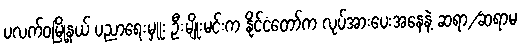
ပလက်ဝမြို့နယ် ပညာရေးမှူး ဦးမျိုးမင်းက နိုင်ငံတော်က လုပ်အားပေးအနေနဲ့ ဆရာ/ဆရာမ